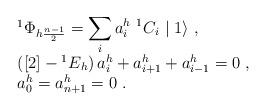
LaTeX: \begin{align*}\begin{array}{rcl}& &{^1\Phi}_{h\frac{n-1}{2}}=\displaystyle\sum_ia_i^h~{^1C}_i\mid1\rangle~,\\& &\left([2]-{^1E}_h\right)a_i^h+a_{i+1}^h+a_{i-1}^h=0~,\\& &a_0^h=a_{n+1}^h=0~.\end{array}\end{align*}